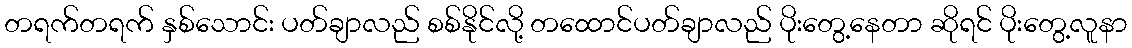
တရက်တရက် နှစ်သောင်း ပတ်ချာလည် စစ်နိုင်လို့ တထောင်ပတ်ချာလည် ပိုးတွေ့နေတာ ဆိုရင် ပိုးတွေ့လူနာ